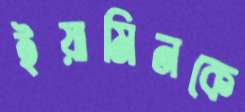
ইয়ামিনকে